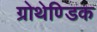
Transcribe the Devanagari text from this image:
ग्रोथेण्डिक